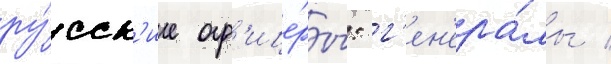
ру́сск'ие оф'ице́ры: г'ен'ера́лы /